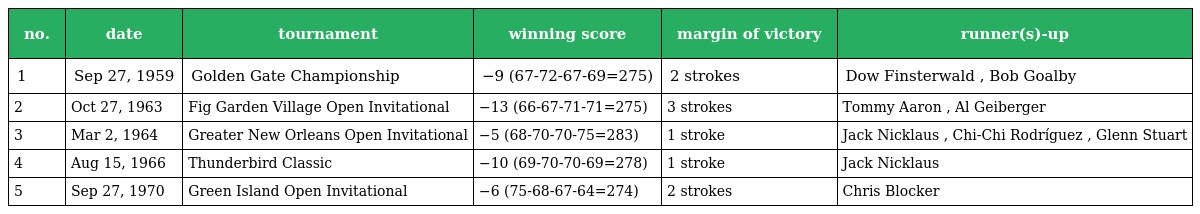
| no. | date | tournament | winning score | margin of victory | runner(s)-up |
 | --- | --- | --- | --- | --- | --- |
 | 1 | Sep 27, 1959 | Golden Gate Championship | −9 (67-72-67-69=275) | 2 strokes | Dow Finsterwald , Bob Goalby |
 | 2 | Oct 27, 1963 | Fig Garden Village Open Invitational | −13 (66-67-71-71=275) | 3 strokes | Tommy Aaron , Al Geiberger |
 | 3 | Mar 2, 1964 | Greater New Orleans Open Invitational | −5 (68-70-70-75=283) | 1 stroke | Jack Nicklaus , Chi-Chi Rodríguez , Glenn Stuart |
 | 4 | Aug 15, 1966 | Thunderbird Classic | −10 (69-70-70-69=278) | 1 stroke | Jack Nicklaus |
 | 5 | Sep 27, 1970 | Green Island Open Invitational | −6 (75-68-67-64=274) | 2 strokes | Chris Blocker |